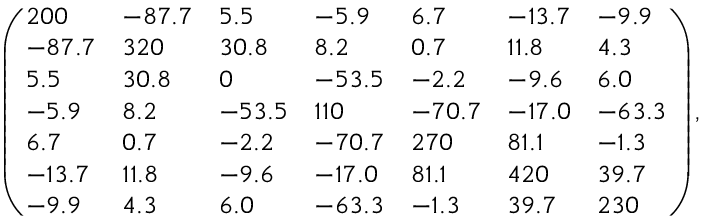
\left( \begin{array} { l l l l l l l } { 2 0 0 } & { - 8 7 . 7 } & { 5 . 5 } & { - 5 . 9 } & { 6 . 7 } & { - 1 3 . 7 } & { - 9 . 9 } \\ { - 8 7 . 7 } & { 3 2 0 } & { 3 0 . 8 } & { 8 . 2 } & { 0 . 7 } & { 1 1 . 8 } & { 4 . 3 } \\ { 5 . 5 } & { 3 0 . 8 } & { 0 } & { - 5 3 . 5 } & { - 2 . 2 } & { - 9 . 6 } & { 6 . 0 } \\ { - 5 . 9 } & { 8 . 2 } & { - 5 3 . 5 } & { 1 1 0 } & { - 7 0 . 7 } & { - 1 7 . 0 } & { - 6 3 . 3 } \\ { 6 . 7 } & { 0 . 7 } & { - 2 . 2 } & { - 7 0 . 7 } & { 2 7 0 } & { 8 1 . 1 } & { - 1 . 3 } \\ { - 1 3 . 7 } & { 1 1 . 8 } & { - 9 . 6 } & { - 1 7 . 0 } & { 8 1 . 1 } & { 4 2 0 } & { 3 9 . 7 } \\ { - 9 . 9 } & { 4 . 3 } & { 6 . 0 } & { - 6 3 . 3 } & { - 1 . 3 } & { 3 9 . 7 } & { 2 3 0 } \end{array} \right) ,